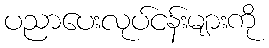
ပညာပေးလုပ်ငန်းများကို